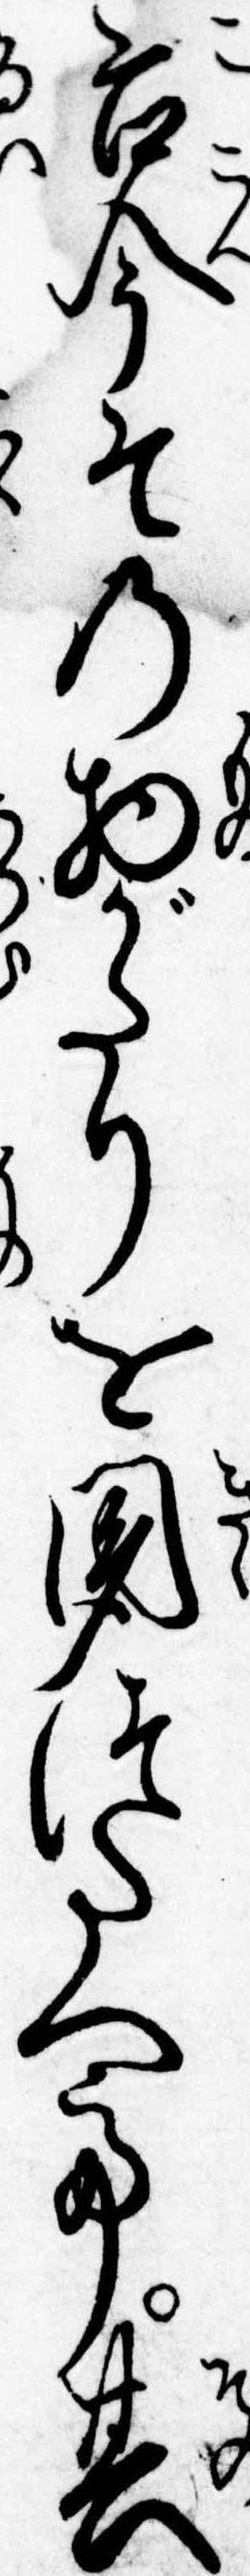
古今その物がたりを聞つたへて其